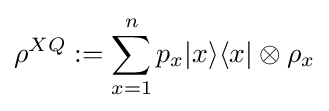
\rho ^{XQ}:=\sum _{x=1}^{n}p_{x}|x\rangle \langle x|\otimes \rho _{x}